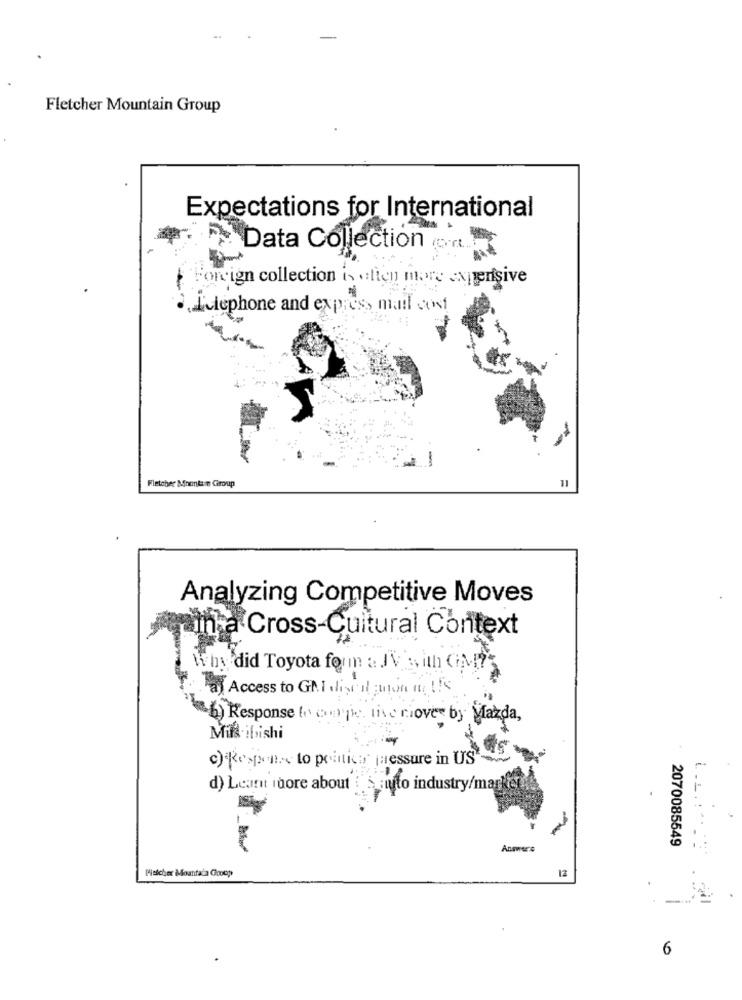
Fletcher Mountain Group
Expectations for International
Data Collection
Foreign collection in athen more avpensive
Lulephone and expres, mail cost
Fletcher Mountain Group
Analyzing Competitive Moves
ha Cross-Cultural Context
Why did Toyota form a JV with CIN ??
a) Access to GM dise il Buon ing the
(6) Response to copie tive riover by Mazda,
Miks ibsishi
c) Response to politica pressure in US ~
d) Leant more about : S auto industry/mar for
-
Answers
2070085549
1 ........:
Melcher Moantala Goodp
12
6